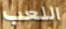
اللعب